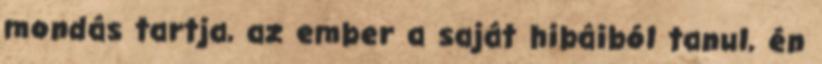
mondás tartja, az ember a saját hibáiból tanul, én